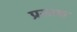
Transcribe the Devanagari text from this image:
प्रस्तक